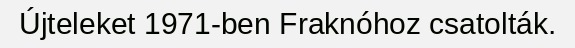
Újteleket 1971-ben Fraknóhoz csatolták.